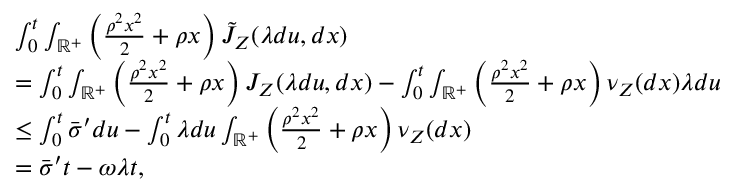
\begin{array} { r l } & { \int _ { 0 } ^ { t } \int _ { \mathbb { R } ^ { + } } \left( \frac { \rho ^ { 2 } x ^ { 2 } } { 2 } + \rho x \right) \tilde { J } _ { Z } ( \lambda d u , d x ) } \\ & { = \int _ { 0 } ^ { t } \int _ { \mathbb { R } ^ { + } } \left( \frac { \rho ^ { 2 } x ^ { 2 } } { 2 } + \rho x \right) J _ { Z } ( \lambda d u , d x ) - \int _ { 0 } ^ { t } \int _ { \mathbb { R } ^ { + } } \left( \frac { \rho ^ { 2 } x ^ { 2 } } { 2 } + \rho x \right) \nu _ { Z } ( d x ) \lambda d u } \\ & { \leq \int _ { 0 } ^ { t } \bar { \sigma } ^ { \prime } d u - \int _ { 0 } ^ { t } \lambda d u \int _ { \mathbb { R } ^ { + } } \left( \frac { \rho ^ { 2 } x ^ { 2 } } { 2 } + \rho x \right) \nu _ { Z } ( d x ) } \\ & { = \bar { \sigma } ^ { \prime } t - \omega \lambda t , } \end{array}